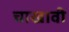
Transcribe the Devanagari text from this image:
चाखावी